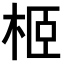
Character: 𣐵